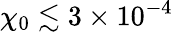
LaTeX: \chi_{0}\lesssim 3\times 10^{-4}